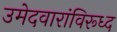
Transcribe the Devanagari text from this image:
उमेदवारांविरूध्द